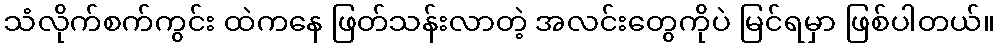
သံလိုက်စက်ကွင်း ထဲကနေ ဖြတ်သန်းလာတဲ့ အလင်းတွေကိုပဲ မြင်ရမှာ ဖြစ်ပါတယ်။